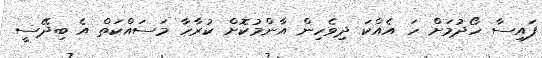
ފައިސާ ހޯދުމަށް ހަ އެއްކަ ދިވެހިން އާންމުކޮށް ކުރާހާ މަސައްކަތް އެ ބިދޭސީ